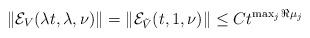
LaTeX: \begin{align*} \|\mathcal E_V(\lambda t,\lambda,\nu)\| = \|\mathcal E_{\tilde V} (t,1,\nu) \| \le C t^{\max_j \Re\mu_j}\end{align*}